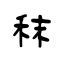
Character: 秣